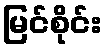
မြင်စိုင်း